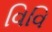
વિવિ